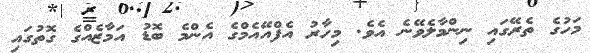
މަހުގެ ތެރޭގައި ނިންމާލެވޭނެ އެވެ. މިހާރު އެފްއޭއެމްގެ އެންމެ ބޮޑު އަމާޒެއްގެ ގޮތުގައި